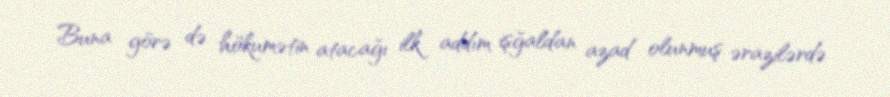
Buna görə də hökumətin atacağı ilk addım işğaldan azad olunmuş ərazilərdə